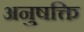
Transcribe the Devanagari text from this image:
अनुषक्ति